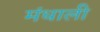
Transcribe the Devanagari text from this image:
मंधाली